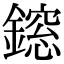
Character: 𨬃